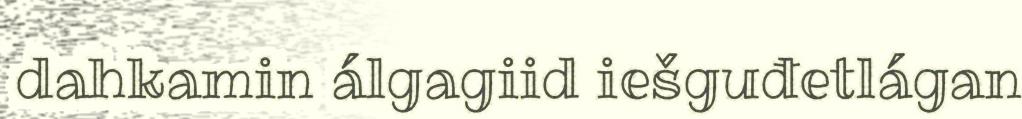
dahkamin álgagiid iešguđetlágan